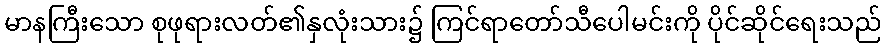
မာနကြီးသော စုဖုရားလတ်၏နှလုံးသား၌ ကြင်ရာတော်သီပေါမင်းကို ပိုင်ဆိုင်ရေးသည်